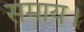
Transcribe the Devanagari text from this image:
समाय।